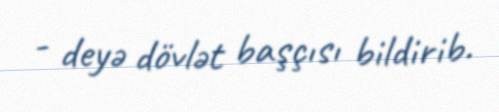
- deyə dövlət başçısı bildirib.